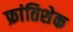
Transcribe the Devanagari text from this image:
फ्रांतिशेक